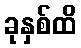
ခုနှစ်ထိ